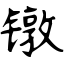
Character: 镦